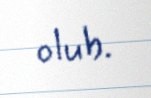
olub.